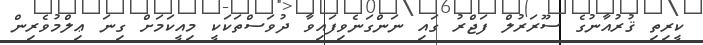
ކީރިތި ޤުރުއާނުގެ ސޫރަރުލް ފަޖްރު ގައި ނަންގަނެވިފައިވާ ދުވަސްތަކަކީ މިއީކަމަށް ގިނަ ޢިލްމުވެރިން